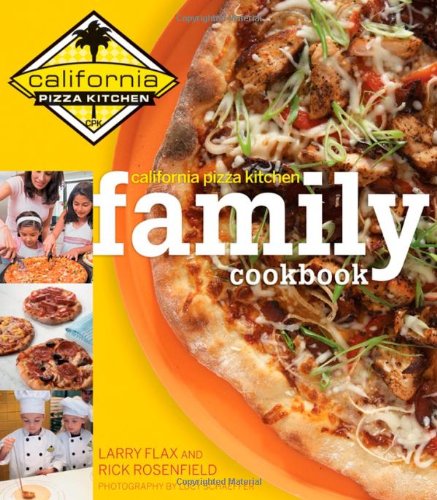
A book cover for California Pizza Kitchen Family Cookbook; Rick Rosenfield; Cookbooks, Food & Wine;